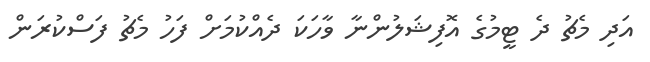
އަދި މެޗު ދެ ޓީމުގެ އޮފިޝަލުންނާ ވާހަކަ ދެއްކުމަށް ފަހު މެޗު ފަސްކުރަން